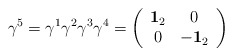
\begin{align*} \gamma^5 = \gamma^1\gamma^2\gamma^3\gamma^4 =\left(\begin{array}{cc}{\bf 1}_2&0\\0&-{\bf 1}_2\end{array}\right)\end{align*}